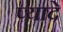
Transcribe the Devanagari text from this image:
प्‍यादे